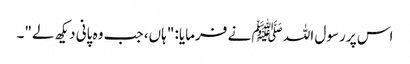
اس پر رسول اللہ ﷺ نے فرمایا: "ہاں، جب وہ پانی دیکھ لے"۔